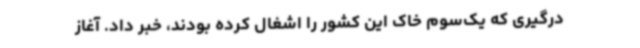
درگیری که یک‌سوم خاک این کشور را اشغال کرده بودند، خبر داد. آغاز